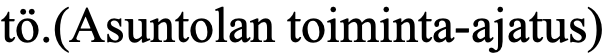
tö.(Asuntolan toiminta-ajatus)